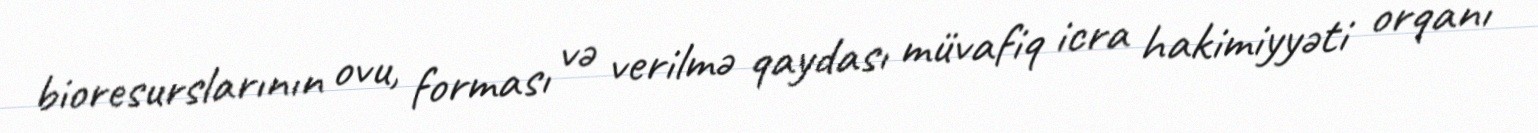
bioresurslarının ovu, forması və verilmə qaydası müvafiq icra hakimiyyəti orqanı